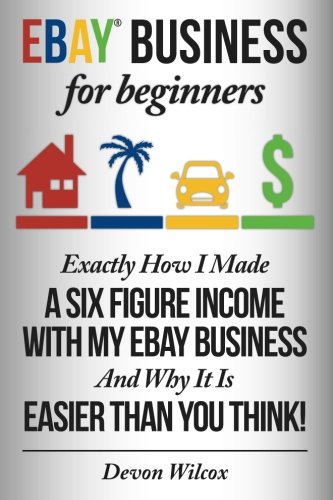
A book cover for eBay Business For Beginners: Exactly How I Make A Six Figure Income With My eBay business and why it is easier than you  think; Devon Wilcox; Computers & Technology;